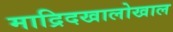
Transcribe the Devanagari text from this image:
माद्रिदखालोखाल